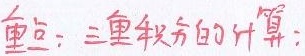
重点：三重积分的计算：